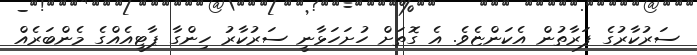
ސަރުކާރުގެ ފަރާތުން އެކަންޏެވެ. އެ ގޮތަށް ހުށަހަޅާނީ ސަރުކާރު ހިންގާ ޕާޓީއެއްގެ މެންބަރެއް